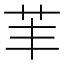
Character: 䒠